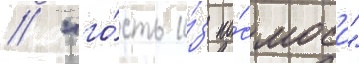
/ "го́сть и́з ко́смоса"